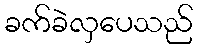
ခက်ခဲလှပေသည်